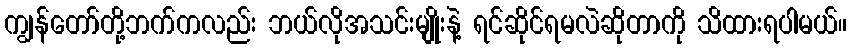
ကျွန်တော်တို့ဘက်ကလည်း ဘယ်လိုအသင်းမျိုးနဲ့ ရင်ဆိုင်ရမလဲဆိုတာကို သိထားရပါမယ်။